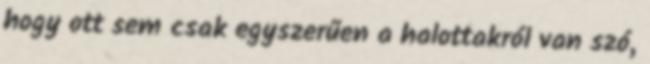
hogy ott sem csak egyszerűen a halottakról van szó,